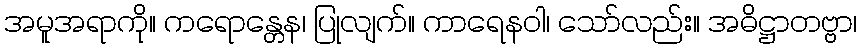
အမူအရာကို။ ကရောန္တေန၊ ပြုလျက်။ ကာရေနဝါ၊ သော်လည်း။ အဓိဋ္ဌာတဗ္ဗာ၊